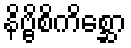
နိဗ္ဗိစိကိစ္ဆော